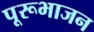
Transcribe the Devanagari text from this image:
पूरूभाजन